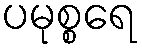
ပမုစ္စရေ